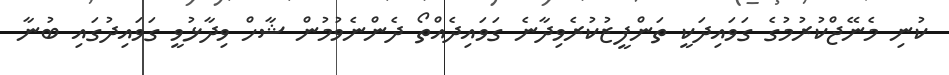
ކުނި މެނޭޖްކުރުމުގެ ގަވައިދަކީ ތަންފީޒުކުރެވިދާނެ ގަވައިދެއްތޯ ދެންނެވުމުން ޝާހް ވިދާޅުވީ ގަވައިދުގައި ބުނާ